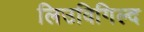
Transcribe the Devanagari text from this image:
लिउविगिल्द